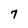
Character: 7